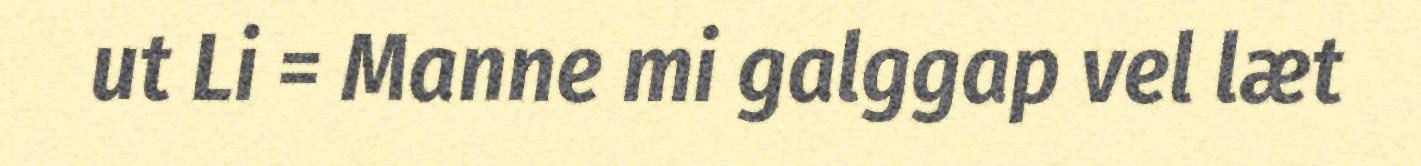
ut Li = Manne mi galggap vel læt